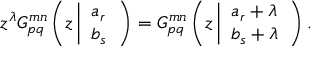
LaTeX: z ^ { \lambda } G _ { p q } ^ { m n } \left( z \left| \begin{array} { l } { { a _ { r } } } \\ { { b _ { s } } } \end{array} \right. \right) = G _ { p q } ^ { m n } \left( z \left| \begin{array} { l } { { a _ { r } + \lambda } } \\ { { b _ { s } + \lambda } } \end{array} \right. \right) .